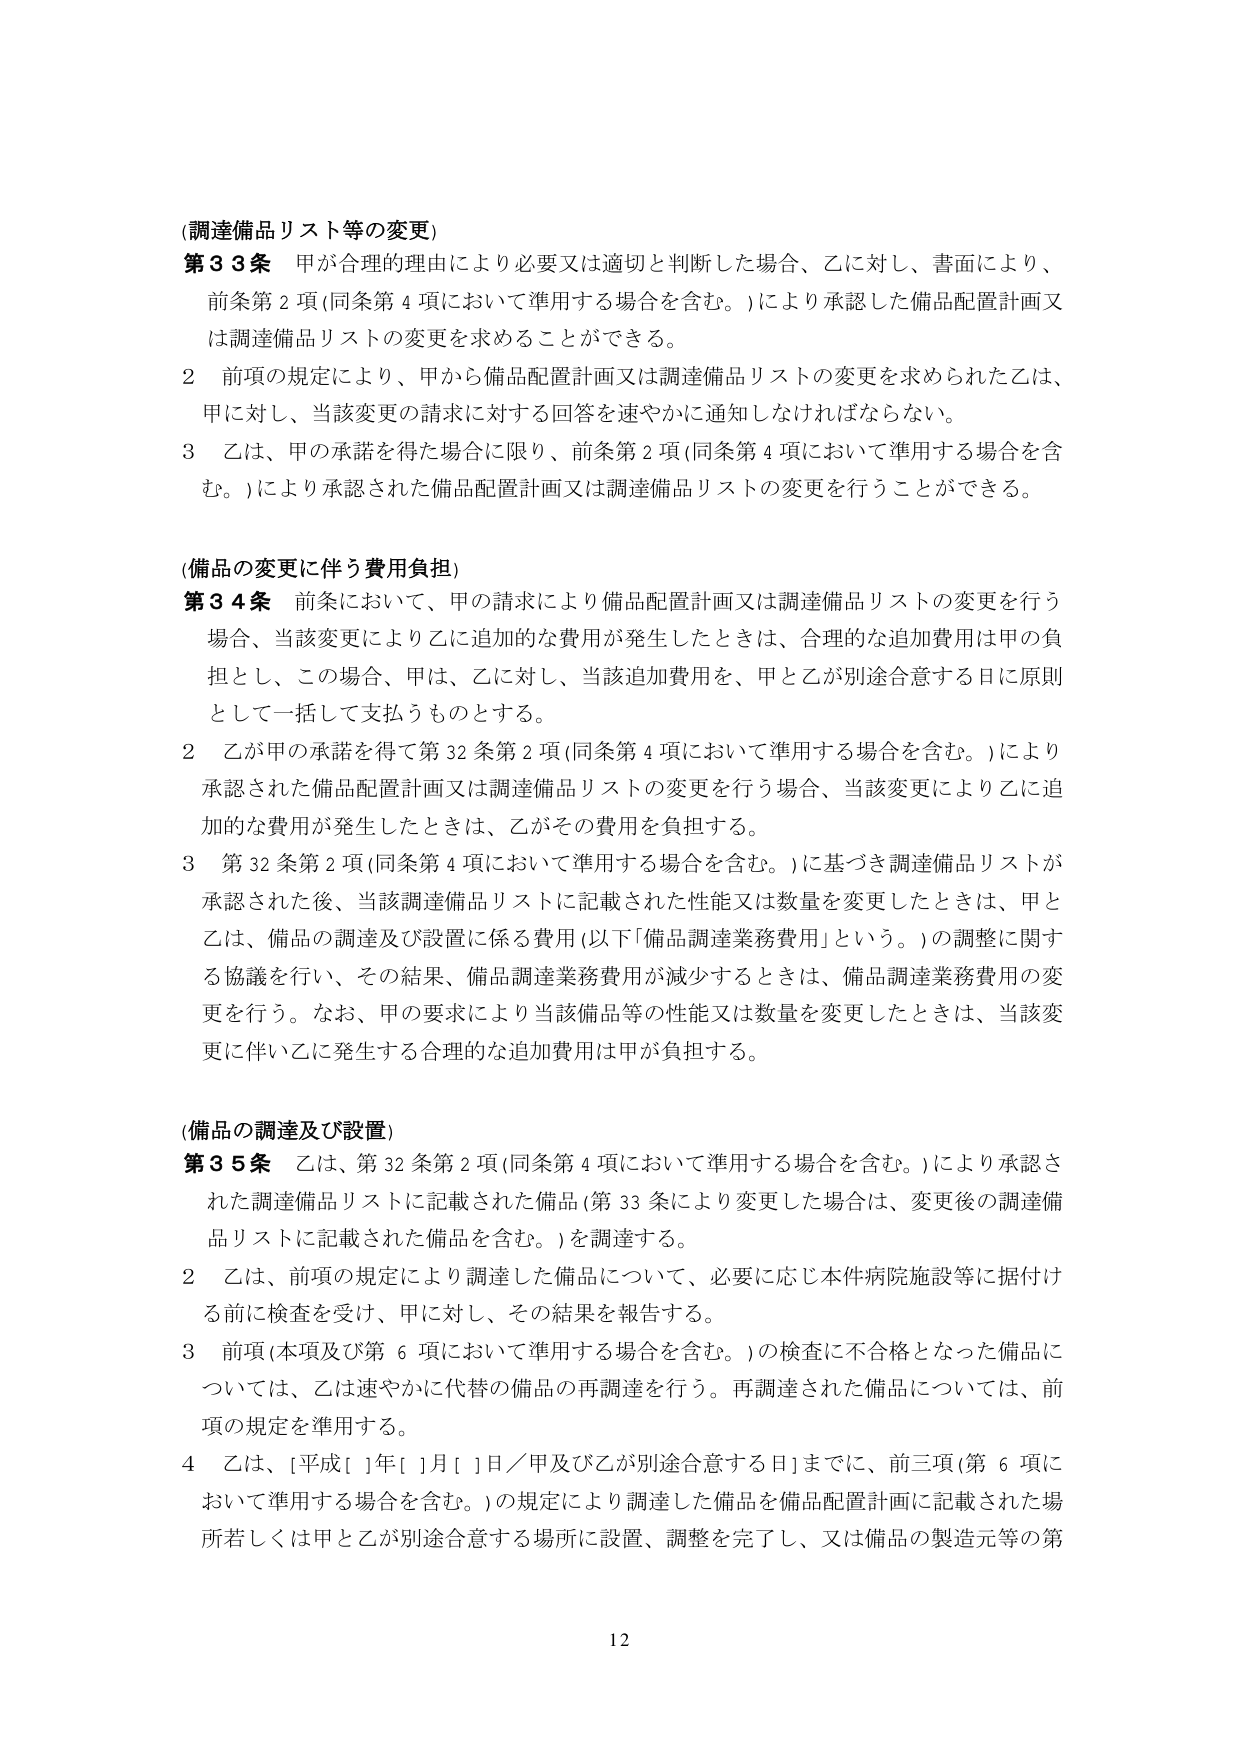
(調達備品リスト等の変更)
第33条 甲が合理的理由により必要又は適切と判断した場合、乙に対し、書面により、
前条第2項(同条第4項において準用する場合を含む。)により承認した備品配置計画又
は調達備品リストの変更を求めることができる。
2 前項の規定により、甲から備品配置計画又は調達備品リストの変更を求められた乙は、
甲に対し、当該変更の請求に対する回答を速やかに通知しなければならない。
3 乙は、甲の承諾を得た場合に限り、前条第2項(同条第4項において準用する場合を含
む。)により承認された備品配置計画又は調達備品リストの変更を行うことができる。

(備品の変更に伴う費用負担)
第34条 前条において、甲の請求により備品配置計画又は調達備品リストの変更を行う
場合、当該変更により乙に追加的な費用が発生したときは、合理的な追加費用は甲の負
担とし、この場合、甲は、乙に対し、当該追加費用を、甲と乙が別途合意する日に原則
として一括して支払うものとする。
2 乙が甲の承諾を得て第32条第2項(同条第4項において準用する場合を含む。)により
承認された備品配置計画又は調達備品リストの変更を行う場合、当該変更により乙に追
加的な費用が発生したときは、乙がその費用を負担する。
3 第32条第2項(同条第4項において準用する場合を含む。)に基づき調達備品リストが
承認された後、当該調達備品リストに記載された性能又は数量を変更したときは、甲と
乙は、備品の調達及び設置に係る費用(以下「備品調達業務費用」という。)の調整に関す
る協議を行い、その結果、備品調達業務費用が減少するときは、備品調達業務費用の変
更を行う。なお、甲の要求により当該備品等の性能又は数量を変更したときは、当該変
更に伴い乙に発生する合理的な追加費用は甲が負担する。

(備品の調達及び設置)
第35条 乙は、第32条第2項(同条第4項において準用する場合を含む。)により承認さ
れた調達備品リストに記載された備品(第33条により変更した場合は、変更後の調達備
品リストに記載された備品を含む。)を調達する。
2 乙は、前項の規定により調達した備品について、必要に応じ本件病院施設等に据付け
る前に検査を受け、甲に対し、その結果を報告する。
3 前項(本項及び第6項において準用する場合を含む。)の検査に不合格となった備品に
ついては、乙は速やかに代替の備品の再調達を行う。再調達された備品については、前
項の規定を準用する。
4 乙は、[平成[ ]年[ ]月[ ]日／甲及び乙が別途合意する日]までに、前三項(第6項に
おいて準用する場合を含む。)の規定により調達した備品を備品配置計画に記載された場
所若しくは甲と乙が別途合意する場所に設置、調整を完了し、又は備品の製造元等の第

12